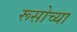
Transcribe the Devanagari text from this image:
रूसोच्या